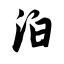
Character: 泊